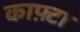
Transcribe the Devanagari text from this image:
काफ़्टा